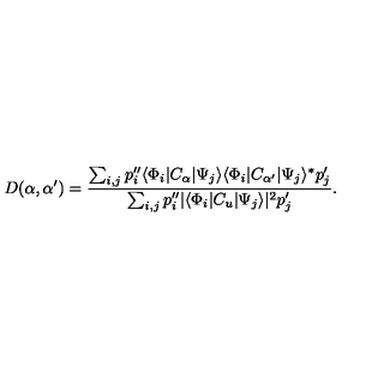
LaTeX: D ( \alpha , { \alpha ^ { \prime } } ) = { \frac { \sum _ { i , j } p _ { i } ^ { \prime \prime } \langle \Phi _ { i } | C _ { \alpha } | \Psi _ { j } \rangle \langle \Phi _ { i } | C _ { \alpha ^ { \prime } } | \Psi _ { j } \rangle ^ { * } p _ { j } ^ { \prime } } { \sum _ { i , j } p _ { i } ^ { \prime \prime } | \langle \Phi _ { i } | C _ { u } | \Psi _ { j } \rangle | ^ { 2 } p _ { j } ^ { \prime } } } .